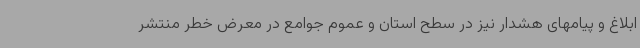
ابلاغ و پیامهای هشدار نیز در سطح استان و عموم جوامع در معرض خطر منتشر